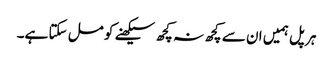
ہر پل ہمیں ان سے کچھ نہ کچھ سیکھنے کو مل سکتا ہے۔